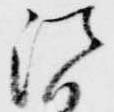
法